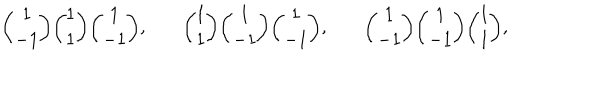
{ \binom { 1 } { - 1 } } { \binom { 1 } { 1 } } { \binom { 1 } { - 1 } } , \, \, \, \, \, \, \, \, \, \, \, { \binom { 1 } { 1 } } { \binom { 1 } { - 1 } } { \binom { 1 } { - 1 } } , \, \, \, \, \, \, \, \, \, \, \, { \binom { 1 } { - 1 } } { \binom { 1 } { - 1 } } { \binom { 1 } { 1 } } ,